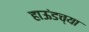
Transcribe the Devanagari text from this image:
हाऊंडच्या